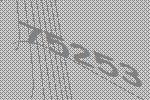
75253